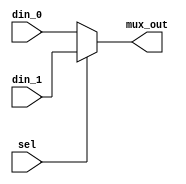
//-----------------------------------------------------
// Design Name : mux_using_if
// Function    : 2:1 Mux using If
// Coder       : Deepak Kumar Tala
//-----------------------------------------------------
module  mux_using_if(
din_0      , // Mux first input
din_1      , // Mux Second input
sel        , // Select input
mux_out      // Mux output
);
//-----------Input Ports---------------
input din_0, din_1, sel ;
//-----------Output Ports---------------
output mux_out;
//------------Internal Variables--------
reg  mux_out;
//-------------Code Starts Here---------
always @ (sel or din_0 or din_1)
begin : MUX
  if (sel == 1'b0) begin
      mux_out = din_0;
  end else begin
      mux_out = din_1 ;
  end
end

endmodule //End Of Module mux